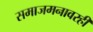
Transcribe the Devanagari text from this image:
समाजमनावरही